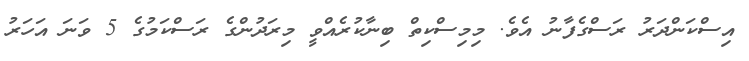
އިސްކަންދަރު ރަސްގެފާނު އެވެ. މިމިސްކިތް ބިނާކުރެއްވީ މިރަދުންގެ ރަސްކަމުގެ 5 ވަނަ އަހަރު